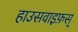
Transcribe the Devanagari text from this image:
हाउसवाइफ़स्